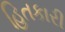
હિતકારી